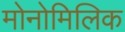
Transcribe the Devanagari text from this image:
मोनोमिलिक